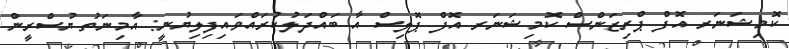
ކޮމިޝަނަރ އޮފް ޕްރިޒަންސް ކޮމިޝަނަރ އޮފް ޕޮލިސް އާ ބައްދަލުކުރައްވައިފިލިޔުނީ: އާމިނަތު ޔުސްރީން